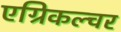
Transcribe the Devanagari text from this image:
एग्रिकल्चर